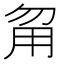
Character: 甮